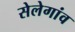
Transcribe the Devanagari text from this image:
सेलेगांव